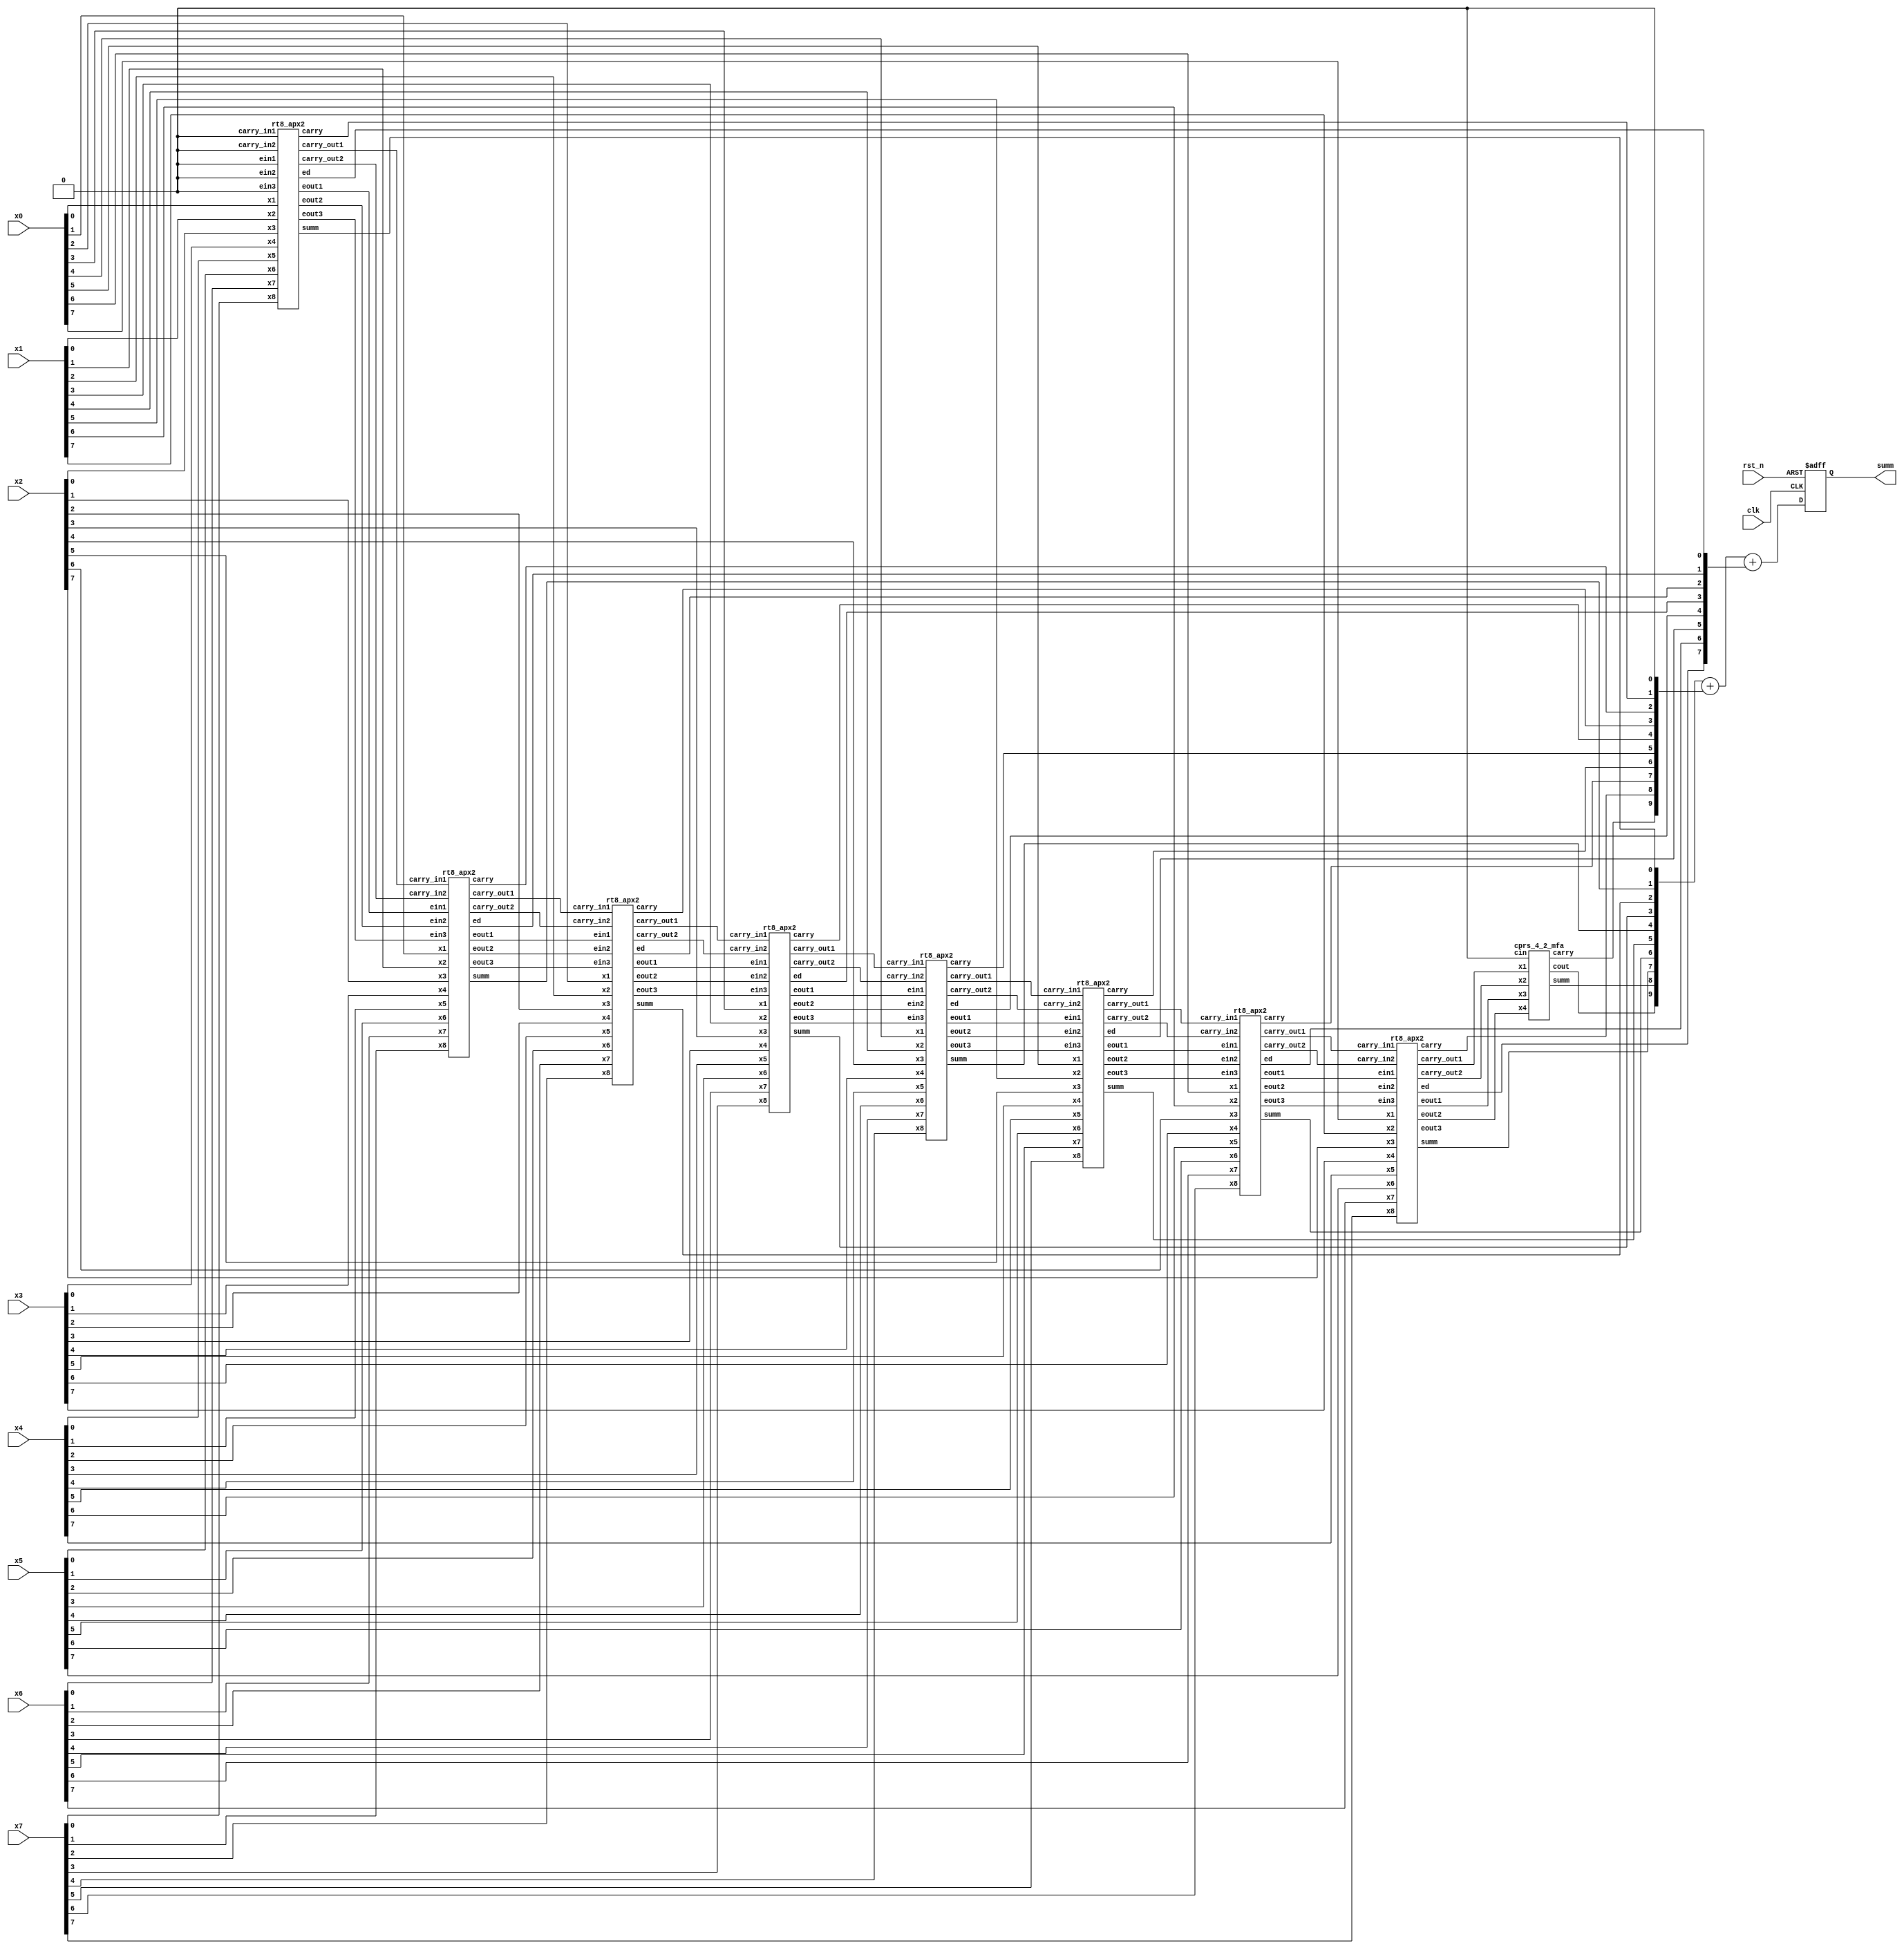
`timescale 1ns/1ps

module amoa_8x8p1_rt8_apx2 (
input clk,
input rst_n,
// input of ApxRT
input [7:0] x0,
input [7:0] x1,
input [7:0] x2,
input [7:0] x3,
input [7:0] x4,
input [7:0] x5,
input [7:0] x6,
input [7:0] x7,
output reg [10:0] summ
//,output stall
);

wire [8:0] summ_rt;
wire [8:0] carry_rt;
wire [8:0] ed_rt;

rt8_apx2 U0[7:0] (
	.x1(x0),
	.x2(x1), 
	.x3(x2), 
	.x4(x3), 
	.x5(x4), 
	.x6(x5), 
	.x7(x6), 
	.x8(x7), 
	.carry_in1({U6_cout1,U5_cout1,U4_cout1,U3_cout1,U2_cout1,U1_cout1,U0_cout1,1'b0}), 
	.carry_in2({U6_cout2,U5_cout2,U4_cout2,U3_cout2,U2_cout2,U1_cout2,U0_cout2,1'b0}), 
	.ein1({U6_eout1,U5_eout1,U4_eout1,U3_eout1,U2_eout1,U1_eout1,U0_eout1,1'b0}), 
	.ein2({U6_eout2,U5_eout2,U4_eout2,U3_eout2,U2_eout2,U1_eout2,U0_eout2,1'b0}), 
	.ein3({U6_eout3,U5_eout3,U4_eout3,U3_eout3,U2_eout3,U1_eout3,U0_eout3,1'b0}), 
	.carry_out1({U7_cout1,U6_cout1,U5_cout1,U4_cout1,U3_cout1,U2_cout1,U1_cout1,U0_cout1}), 
	.carry_out2({U7_cout2,U6_cout2,U5_cout2,U4_cout2,U3_cout2,U2_cout2,U1_cout2,U0_cout2}), 
	.eout1({U7_eout1,U6_eout1,U5_eout1,U4_eout1,U3_eout1,U2_eout1,U1_eout1,U0_eout1}), 
	.eout2({U7_eout2,U6_eout2,U5_eout2,U4_eout2,U3_eout2,U2_eout2,U1_eout2,U0_eout2}), 
	.eout3({U7_eout3,U6_eout3,U5_eout3,U4_eout3,U3_eout3,U2_eout3,U1_eout3,U0_eout3}), 
	.ed(ed_rt[7:0]),
	.summ(summ_rt[7:0]),
	.carry(carry_rt[7:0])
	 );

cprs_4_2_mfa U8 (.x1(U7_cout1), .x2(U7_cout2), .x3(U7_eout1), .x4(U7_eout2), .cin(1'b0), .cout(cout_rt), .carry(carry_rt[8]), .summ(summ_rt[8]));

always @ (posedge clk or negedge rst_n) begin
	if (rst_n == 1'b0) begin
		summ	<= 11'b0;
	end else begin
		summ	<= {cout_rt,summ_rt} + {carry_rt,1'b0} + {U7_eout3,ed_rt};
	end
end

//reg [8:0] summ_rt_r1;
//reg [8:0] carry_rt_r1;
//reg [8:0] ed_rt_r1;
//reg U7_eout3_r1;
//
//always @ (posedge clk or negedge rst_n) begin
//	if (rst_n == 1'b0) begin
//		summ_rt_r1	<= 9'b0;
//		carry_rt_r1	<= 9'b0;
//		ed_rt_r1	<= 9'b0;
//		U7_eout3_r1 <= 1'b0;
//	end else begin
//		summ_rt_r1	<= summ_rt;
//		carry_rt_r1	<= carry_rt;
//		ed_rt_r1	<= ed_rt;
//		U7_eout3_r1 <= U7_eout3;
//	end
//end
//
////assign {cx,sx} = summ_rt_r1[8] + U7_eout3_r1 + U8_eout3_r1;
//assign cx = summ_rt_r1[8] ^ U7_eout3_r1;
//assign sx = summ_rt_r1[8] & U7_eout3_r1;
//
//always @ (posedge clk or negedge rst_n) begin
//	if (rst_n == 1'b0) begin
//		summ	<= 11'b0;
//	end else begin
//		summ	<= {cx,sx,summ_rt_r1[7:0]} + {carry_rt_r1,1'b0} + ed_rt_r1;
//	end
//end

endmodule

module rt8_apx2 (
input x1,
input x2,
input x3,
input x4,
input x5,
input x6,
input x7,
input x8,
input carry_in1,
input carry_in2,
input ein1,
input ein2,
input ein3,
output carry_out1,
output carry_out2,
output eout1,
output eout2,
output eout3,
//output [2:0] ecv,
output ed,
output summ,
output carry
);


wire U0_sum, U1_sum;

cprs_4_2_apx2 U0 (.x1(x1), .x2(x2), .x3(x3), .x4(x4), .carry(carry_out1), .summ(U0_sum), .err(eout1));
cprs_4_2_apx2 U1 (.x1(x5), .x2(x6), .x3(x7), .x4(x8), .carry(carry_out2), .summ(U1_sum), .err(eout2));
cprs_4_2_apx2 U2 (.x1(U0_sum), .x2(U1_sum), .x3(carry_in1), .x4(carry_in2), .carry(carry), .summ(summ), .err(eout3));

//assign c0 = carry_in1 | ein1;
//assign c1 = carry_in2 | ein2;
//assign e0 = carry_in1 & ein1;
//assign e1 = carry_in2 & ein2;
//cprs_4_2_apx2 U2 (.x1(U0_sum), .x2(U1_sum), .x3(c0), .x4(c1), .carry(carry), .summ(summ), .err(eout3));

assign ed = ein1 | ein2 | ein3;

endmodule

module cprs_4_2_apx2 (
input x1,
input x2,
input x3,
input x4,
output carry,
output summ,
output err
);

// apx1, ED=1
//assign err = x1 & x2 & x3 & x4;
//assign summ = (x1 ^ x2 ^ x3 ^ x4) | err;
//assign carry = ((x1 ^ x2) & (x3 ^ x4)) | ((x1 & x2) ^ (x3 & x4)) | err;

// apx2, ED=2
wire x1_xor_x2 ,x3_xor_x4 ,x1_and_x2 ,x3_and_x4, x1_or_x2, x3_or_x4 ;
assign x1_or_x2 = x1 | x2;
assign x3_or_x4 = x3 | x4;
assign x1_and_x2 = x1 & x2;
assign x3_and_x4 = x3 & x4;
assign x1_xor_x2 = x1 ^ x2;
assign x3_xor_x4 = x3 ^ x4;
assign summ		= x1_xor_x2 ^ x3_xor_x4;
assign carry	= x1_and_x2 | x3_and_x4 | (x1_or_x2 & x3_or_x4);
assign err		= x1_and_x2 & x3_and_x4;

// apx4, ED=4
//wire x1_xor_x2 ,x3_xor_x4 ,x1_and_x2 ,x3_and_x4, x1_or_x2, x3_or_x4 ;
//assign x1_or_x2 = x1 | x2;
//assign x3_or_x4 = x3 | x4;
//assign x1_and_x2 = x1 & x2;
//assign x3_and_x4 = x3 & x4;
//assign x1_xor_x2 = x1 ^ x2;
//assign x3_xor_x4 = x3 ^ x4;
//
//assign summ		= x1_xor_x2 ^ x3_xor_x4;
////assign carry	= (x1_xor_x2 & x3_or_x4) | (~x1_or_x2 & x3_and_x4) | (x1_and_x2 & ~x3_and_x4);
////assign carry	= (x1_xor_x2 & x3_or_x4) | ~x1&~x2&x3&x4 + x1&x2&~(x3&x4);
//assign carry	= (x1_xor_x2 & x3_or_x4) | (x3_and_x4 ? ~x1_or_x2 : x1_and_x2);
//assign err		= x1_and_x2 & x3_and_x4;

endmodule

module cprs_4_2_mfa (
input x1,
input x2,
input x3,
input x4,
input cin,
output cout,
output carry,
output summ
);

wire xor234;

//assign {cout,s} = x1 + x2 + x3;
//assign {carry,summ} = cin + x4 + s;
assign xor234 = x2 ^ x3 ^ x4;
assign cout = !(!(x2&x3) & !(x3&x4) & !(x2&x4));

// in1, cin, t1
assign summ = x1 ^ cin ^ xor234;
assign carry = !(!(x1&cin) & !(x1&xor234) & !(cin&xor234));

endmodule

module cprs_3_2_mfa (
input x2,
input x3,
input x4,
input cin,
output cout,
output carry,
output summ
);

wire xor234;

//assign {cout,s} = x1 + x2 + x3;
//assign {carry,summ} = cin + x4 + s;
assign xor234 = x2 ^ x3 ^ x4;
assign cout = !(!(x2&x3) & !(x3&x4) & !(x2&x4));

assign carry = cin & xor234;
assign summ = cin ^ xor234;

endmodule